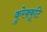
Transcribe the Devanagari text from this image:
कुरेक्कूटि